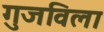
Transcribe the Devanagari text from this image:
गुजविला